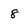
Character: 8